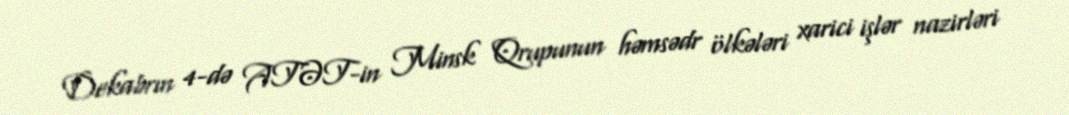
Dekabrın 4-də ATƏT-in Minsk Qrupunun həmsədr ölkələri xarici işlər nazirləri